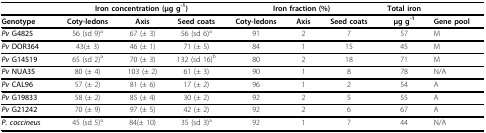
|  | <COLSPAN=3> Iron concentration (μg g-1) | <COLSPAN=3> Iron fraction (%) | Total iron |  |
 | --- | --- | --- | --- | --- | --- | --- | --- | --- |
 | Genotype | Coty-ledons | Axis | Seed coats | Coty-ledons | Axis | Seed coats | μg g-1 | Gene pool |
 | Pv G4825 | 56 (sd 9)a | 67 (± 3) | 56 (sd 6)a | 91 | 2 | 7 | 57 | M |
 | Pv DOR364 | 43(± 3) | 46 (± 1) | 71 (± 5) | 84 | 1 | 15 | 45 | M |
 | Pv G14519 | 65 (sd 2)a | 70 (± 3) | 132 (sd 16)b | 80 | 2 | 18 | 71 | M |
 | Pv NUA35 | 80 (± 4) | 103 (± 2) | 61 (± 3) | 90 | 1 | 8 | 78 | N/A |
 | Pv CAL96 | 57 (± 2) | 81 (± 6) | 17 (± 2) | 96 | 1 | 2 | 54 | A |
 | Pv G19833 | 58 (± 2) | 85 (± 4) | 30 (± 2) | 92 | 2 | 5 | 55 | A |
 | Pv G21242 | 70 (± 9) | 97 (± 5) | 42 (± 2) | 92 | 2 | 6 | 67 | A |
 | P. coccineus | 45 (sd 5)a | 84(± 10) | 35 (sd 3)a | 92 | 1 | 7 | 44 | N/A |